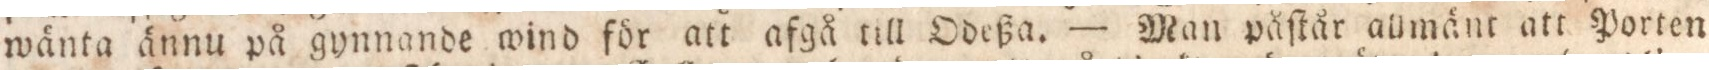
wänta ännu på gynnande ind för att afgå till Odeßa. — Man påſtår allmänt att Porten